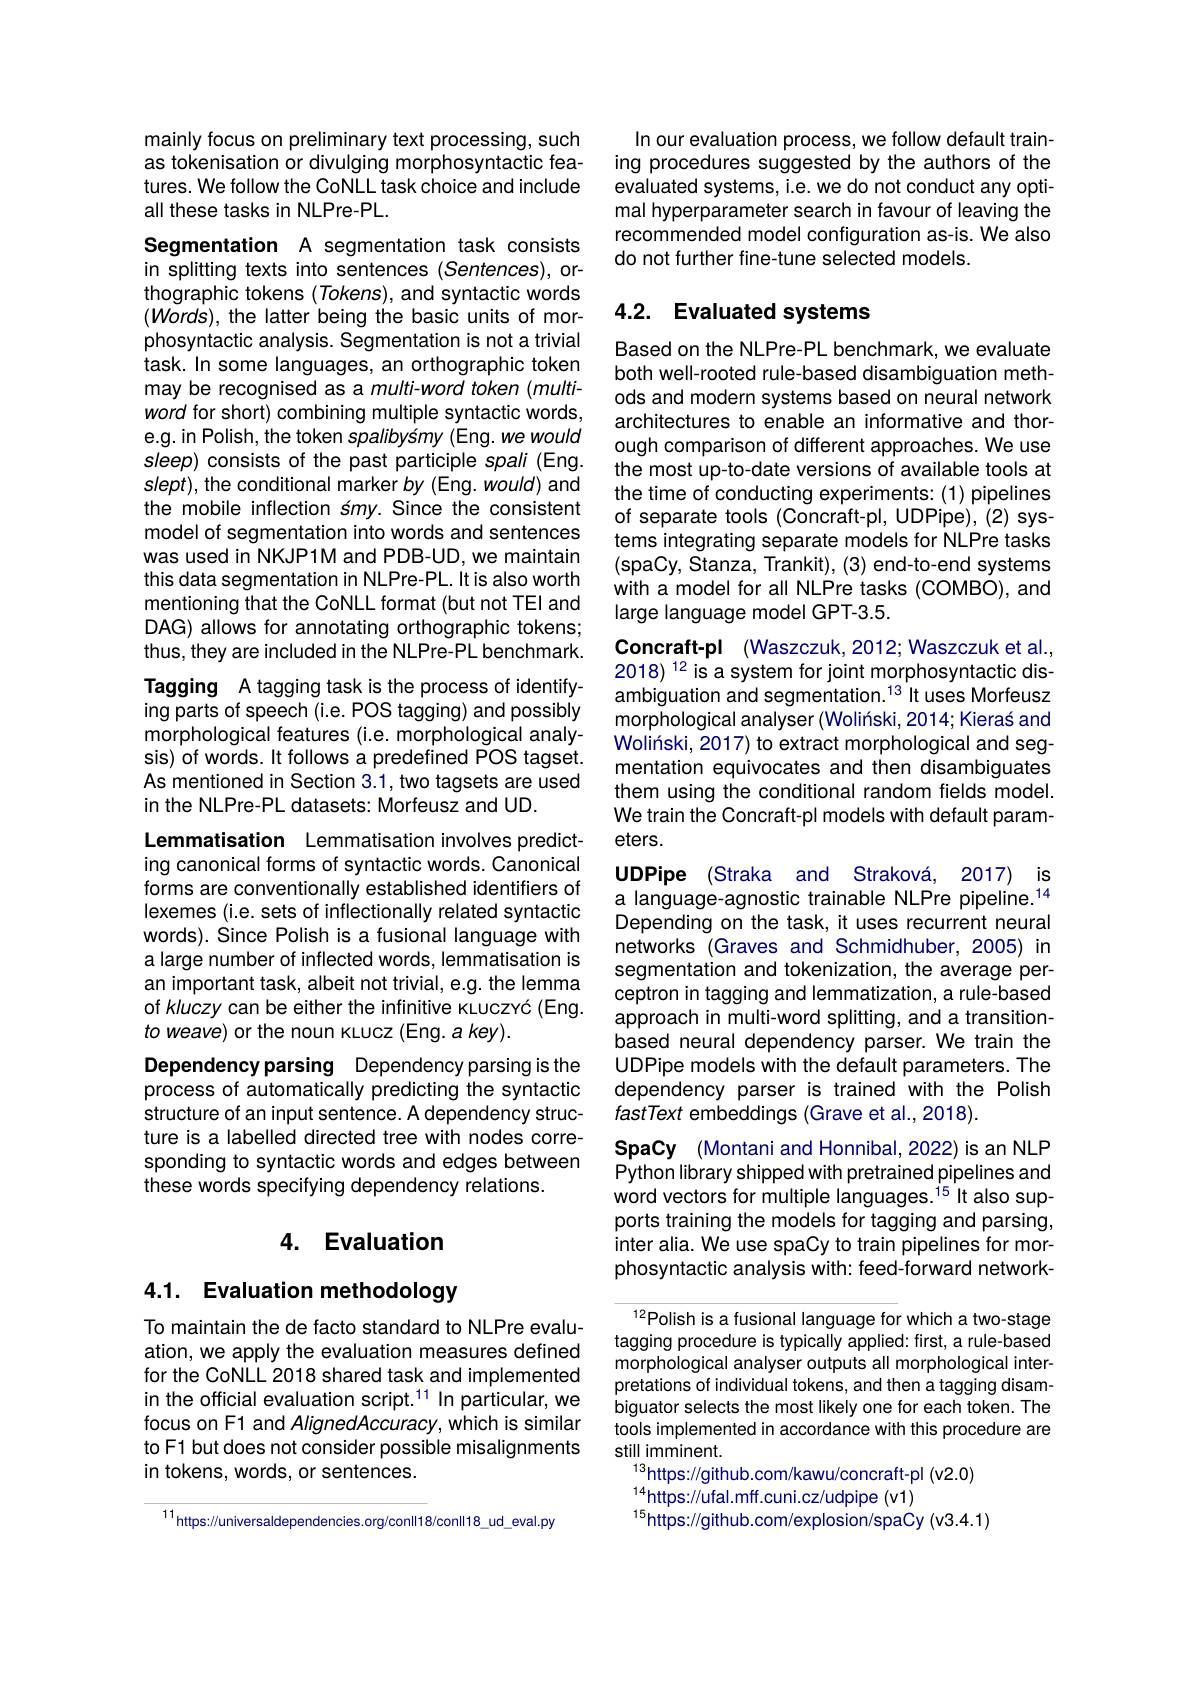
mainly focus on preliminary text processing, such as tokenisation or divulging morphosyntactic features. We follow the CoNLL task choice and include all these tasks in NLPre-PL.

Segmentation A segmentation task consists in splitting texts into sentences (Sentences), orthographic tokens (Tokens), and syntactic words $(Words)$, the latter being the basic units of morphosyntactic analysis. Segmentation is not a trivial task. In some languages, an orthographic token may be recognised as a multi-word token (multiword for short) combining multiple syntactic words, e.g. in Polish, the token spalibysmy (Eng. we would sleep) consists of the past participle spali (Eng. slept), the conditional marker by (Eng. would) and the mobile inflection s$my.$ Since the consistent model of segmentation into words and sentences was used in NKJP1M and PDB-UD, we maintain this data segmentation in NLPre-PL. It is also worth mentioning that the CoNLL format (but not TEI and DAG) allows for annotating orthographic tokens; thus, they are included in the NLPre-PL benchmark. Tagging A tagging task is the process of identifying parts of speech (i.e. POS tagging) and possibly morphological features (i.e. morphological analysis) of words. It follows a predefined POS tagset. As mentioned in Section 3.1, two tagsets are used in the NLPre-PL datasets: Morfeusz and UD.

Lemmatisation Lemmatisation involves predicting canonical forms of syntactic words. Canonical forms are conventionally established identifiers of lexemes (i.e. sets of inflectionally related syntactic words). Since Polish is a fusional language with a large number of inflected words, lemmatisation is an important task, albeit not trivial, e.g. the lemma of kluczy can be either the infinitive kLuczvć (Eng. to weave) or the noun kLucz (Eng. $a$ key).
Dependency parsing Dependency parsing is the process of automatically predicting the syntactic structure of an input sentence. A dependency structure is a labelled directed tree with nodes corresponding to syntactic words and edges between these words specifying dependency relations.

# 4. Evaluation

## 4.1. Evaluation methodology

To maintain the de facto standard to NLPre evaluation, we apply the evaluation measures defined for the CoNLL 2018 shared task and implemented in the official evaluation script.$^{11}$ In particular, we focus on F1 and AlignedAccuracy, which is similar to F1 but does not consider possible misalignments in tokens, words, or sentences.

$^{11}$https://universaldependencies.org/conll18/conll18_ud_eval.py

In our evaluation process, we follow default training procedures suggested by the authors of the evaluated systems, i.e. we do not conduct any optimal hyperparameter search in favour of leaving the recommended model configuration as-is. We also do not further fine-tune selected models.

## 4.2. Evaluated systems

Based on the NLPre-PL benchmark, we evaluate both well-rooted rule-based disambiguation methods and modern systems based on neural network architectures to enable an informative and thorough comparison of different approaches. We use the most up-to-date versions of available tools at the time of conducting experiments: (1) pipelines of separate tools (Concraft-pl, UDPipe), (2) systems integrating separate models for NLPre tasks (spaCy, Stanza, Trankit), (3) end-to-end systems with a model for all NLPre tasks (COMBO), and large language model GPT-3.5.

Concraft-pl (Waszczuk,2012;Waszczuket al., 2018) 12 is a system for joint morphosyntactic disambiguation and segmentation.$^{13}$It uses Morfeusz morphological analyser (Woliński, 2014; Kieras and Wolinski, 2017) to extract morphological and segmentation equivocates and then disambiguates them using the conditional random fields model. We train the Concraft-pl models with default parameters.

UDPipe (Straka and Straková, 2017) is a language-agnostic trainable NLPre pipeline.$^{14}$ Depending on the task, it uses recurrent neural networks (Graves and Schmidhuber, 2005) in segmentation and tokenization, the average perceptron in tagging and lemmatization, a rule-based approach in multi-word splitting, and a transitionbased neural dependency parser. We train the UDPipe models with the default parameters. The dependency parser is trained with the Polish fastText embeddings (Grave et al., 2018).
SpaCy (Montani and Honnibal, 2022) is an NLP Python library shipped with pretrained pipelines and word vectors for multiple languages.$^{\mathrm{i}5}$It also supports training the models for tagging and parsing, inter alia. We use spaCy to train pipelines for morphosyntactic analysis with: feed-forward network-

$^{12}$Polish is a fusional language for which a two-stage tagging procedure is typically applied: first, a rule-based morphological analyser outputs all morphological interpretations of individual tokens, and then a tagging disambiguator selects the most likely one for each token. The tools implemented in accordance with this procedure are still imminent.
$^{13}$https://github.com/kawu/concraft-pl(v2.0)
$^{14}$https://ufal.mff.cuni.cz/udpipe(v1)
$^{15}$https://github.com/explosion/spaCy(v3.4.1)